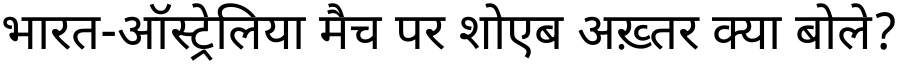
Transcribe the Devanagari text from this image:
भारत-ऑस्ट्रेलिया मैच पर शोएब अख़्तर क्या बोले?